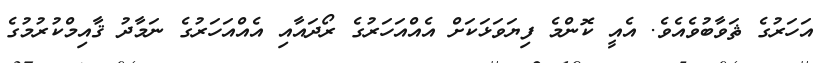
އަހަރުގެ ޘަވާބުވެއެވެ. އެއީ ކޮންމެ ފިޔަވަޅަކަށް އެއްއަހަރުގެ ރޯދައާއި އެއްއަހަރުގެ ނަމާދު ޤާއިމްކުރުމުގެ